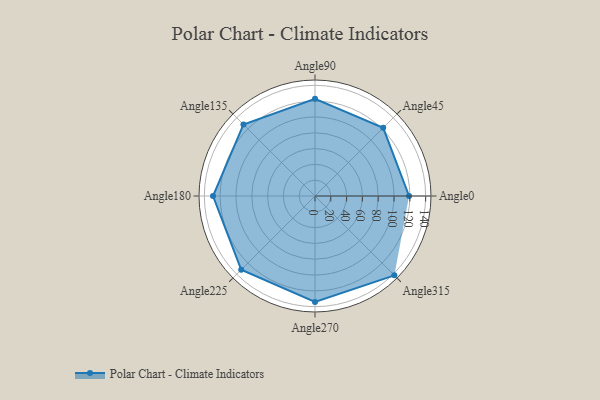
{"axis": {"x": "Angle", "y": "Radius"}, "legend": [""], "data": [{"x": "Angle0", "y": 119.0, "type": ""}, {"x": "Angle45", "y": 122.0, "type": ""}, {"x": "Angle90", "y": 123.0, "type": ""}, {"x": "Angle135", "y": 128.0, "type": ""}, {"x": "Angle180", "y": 129.0, "type": ""}, {"x": "Angle225", "y": 132.0, "type": ""}, {"x": "Angle270", "y": 134.0, "type": ""}, {"x": "Angle315", "y": 142.0, "type": ""}]}